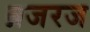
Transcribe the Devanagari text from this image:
ब्रजरज